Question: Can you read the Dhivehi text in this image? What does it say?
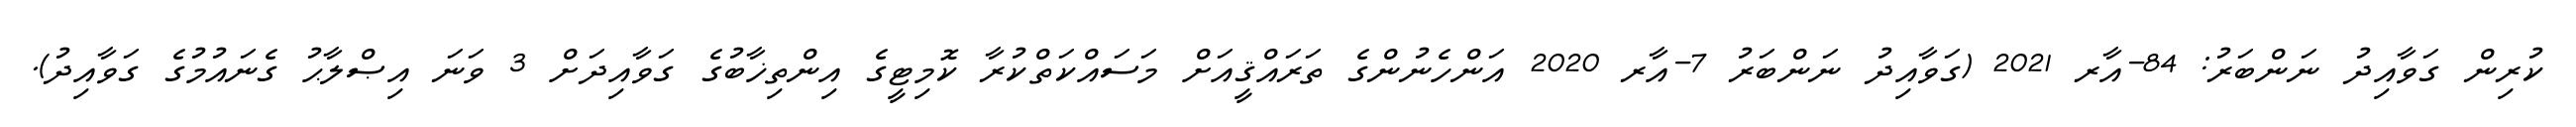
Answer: ކުރިން ގަވާއިދު ނަންބަރު: 84-އާރ 2021 (ގަވާއިދު ނަންބަރު 7-އާރ 2020 އަންހެނުންގެ ތަރައްޤީއަށް މަސައްކަތްކުރާ ކޮމިޓީގެ އިންތިޚާބުގެ ގަވާއިދަށް 3 ވަނަ އިޞްލާޙު ގެނައުމުގެ ގަވާއިދު).